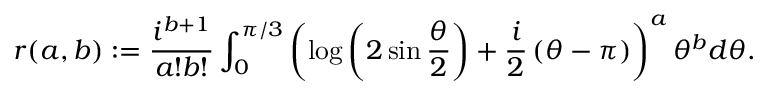
r ( a , b ) : = \frac { i ^ { b + 1 } } { a ! b ! } \int _ { 0 } ^ { \pi / 3 } \left( \log \left( 2 \sin \frac { \theta } { 2 } \right) + \frac { i } { 2 } \left( \theta - \pi \right) \right) ^ { a } \theta ^ { b } d \theta .